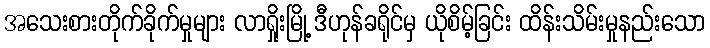
အသေးစားတိုက်ခိုက်မှုများ လာရှိုးမြို့ ဒီဟုန်ခရိုင်မှ ယိုစိမ့်ခြင်း ထိန်းသိမ်းမှုနည်းသော